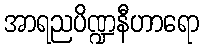
အာရညပိဏ္ဍနီဟာရော